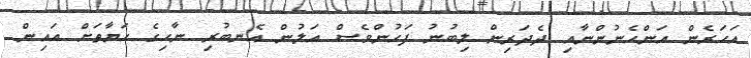
އަހަރެން އަންހެނުންނާއި ދެދަރިން ލިބުނު ފަހުންވެސް އަލުން އެނބުރި ނާހިގެ ހަޔާތަށް އައިން.